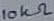
Text: 10kΩ